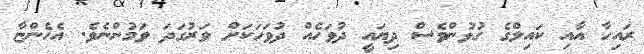
ރައިހާ އާއި ކައިލްގެ ގުޅުންވެސް ދިޔައީ ދުވަހެއް ދުވަހަކަށް ވަރުގަދަ ވަމުންނެވެ. އެހެންޏާ